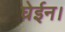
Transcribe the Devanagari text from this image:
घेईन।